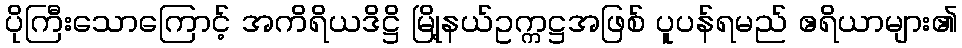
ပိုကြီးသောကြောင့် အကိရိယဒိဋ္ဌိ မြို့နယ်ဥက္ကဋ္ဌအဖြစ် ပူပန်ရမည် ဧရိယာများ၏